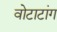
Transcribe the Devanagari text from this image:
वोटाटांग